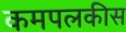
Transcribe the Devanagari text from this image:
कमपलकीस